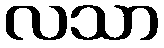
လသာ